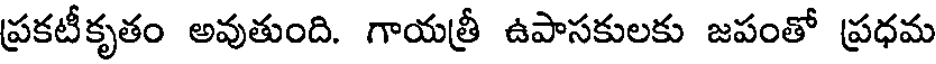
ప్రకటీకృతం అవుతుంది. గాయత్రీ ఉపాసకులకు జపంతో ప్రధమ